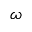
\omega